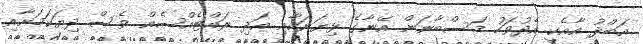
އަބްދު އާއެކީ އެދުވަހު މަސްބާނަން އޭނާގެ ޅިޔަނަކާއި އަދި ރައްޓެއްސެއް ވެސް ދިޔަކަމަށާއި